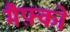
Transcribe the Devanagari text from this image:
मैफ़्को